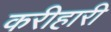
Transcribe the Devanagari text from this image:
करीहारी